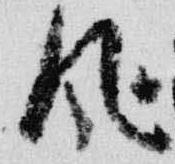
風